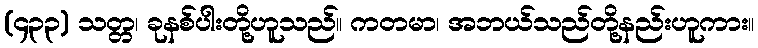
(၄၃၃) သတ္တ၊ ခုနစ်ပါးတို့ဟူသည်။ ကတမာ၊ အဘယ်သည်တို့နည်းဟူကား။